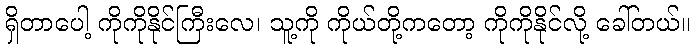
ရှိတာပေါ့ ကိုကိုနိုင်ကြီးလေ၊ သူ့ကို ကိုယ်တို့ကတော့ ကိုကိုနိုင်လို့ ခေါ်တယ်။